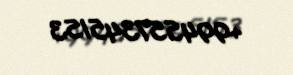
+994557345153